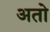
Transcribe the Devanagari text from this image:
अतो